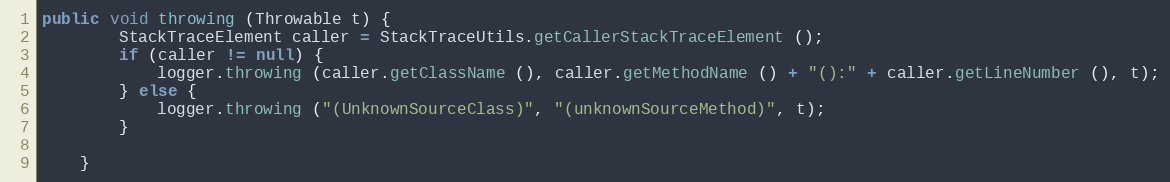
Language: Java
public void throwing (Throwable t) {
		StackTraceElement caller = StackTraceUtils.getCallerStackTraceElement ();
		if (caller != null) {
			logger.throwing (caller.getClassName (), caller.getMethodName () + "():" + caller.getLineNumber (), t);
		} else {
			logger.throwing ("(UnknownSourceClass)", "(unknownSourceMethod)", t);
		}

	}